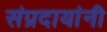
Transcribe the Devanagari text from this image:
संप्रदायांनी